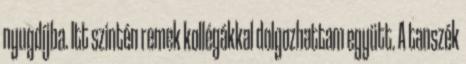
nyugdíjba. Itt szintén remek kollégákkal dolgozhattam együtt. A tanszék